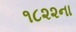
૧૮૨૨ના